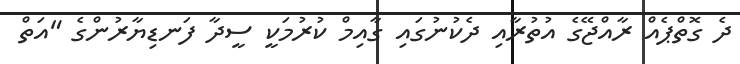
ދެ ގޮތްޕެއް ރާއްޖޭގެ އުތުރާއި ދެކުނުގައި ގާއިމް ކުރުމަކީ ސީދާ ފަނޑިޔާރުންގެ "އަތް